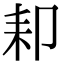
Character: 𦓥